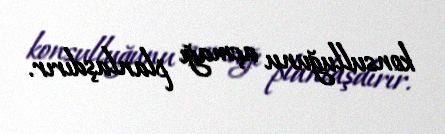
konsulluğunu açmağı planlaşdırır.